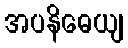
အပနိဓေယျ